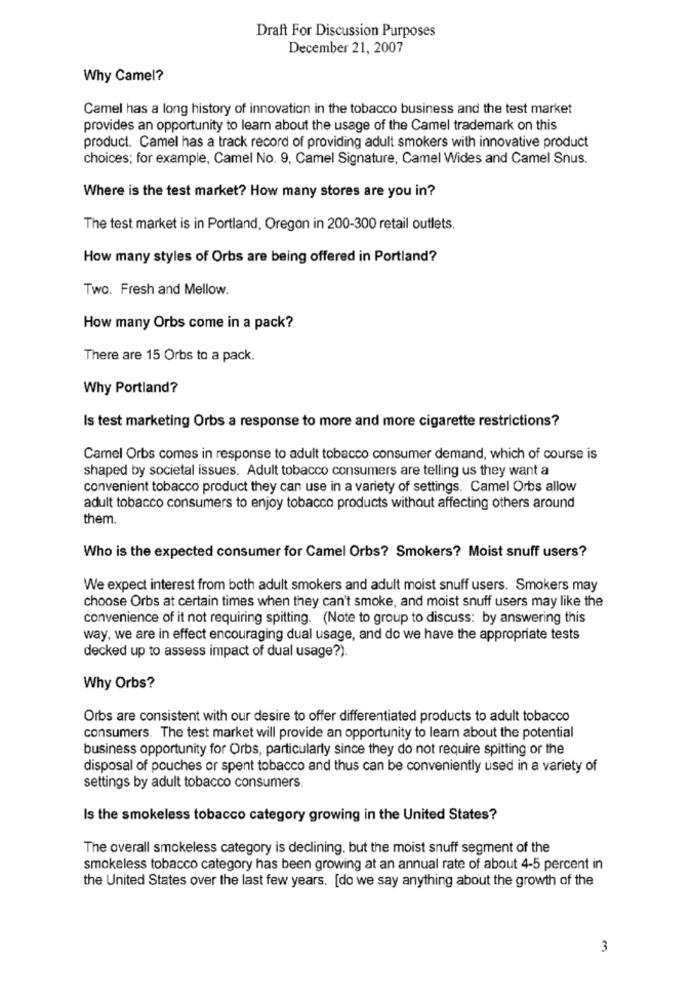
Draft For Discussion Purposes
December 21, 2007
Why Camel?
Camel has a long history of innovation in the tobacco business and the test market
provides an opportunity to learn about the usage of the Camel trademark on this
product. Camel has a track record of providing adult smokers with innovative product
choices; for example, Camel No. 9, Camel Signature, Camel Wides and Camel Snus.
Where is the test market? How many stores are you in?
The test market is in Portland, Oregon in 200-300 retail outlets.
How many styles of Orbs are being offered in Portland?
Two. Fresh and Mellow.
How many Orbs come in a pack?
There are 15 Orbs to a pack.
Why Portland?
Is test marketing Orbs a response to more and more cigarette restrictions?
Camel Orbs comes in response to adult tobacco consumer demand, which of course is
shaped by societal issues. Adult tobacco consumers are telling us they want a
convenient tobacco product they can use in a variety of settings. Camel Orbs allow
adult tobacco consumers to enjoy tobacco products without affecting others around
them.
Who is the expected consumer for Camel Orbs? Smokers? Moist snuff users?
We expect interest from both adult smokers and adult moist snuff users. Smokers may
choose Orbs at certain times when they can't smoke, and moist snuff users may like the
convenience of it not requiring spitting. (Note to group to discuss: by answering this
way, we are in effect encouraging dual usage, and do we have the appropriate tests
decked up to assess impact of dual usage?).
Why Orbs?
Orbs are consistent with our desire to offer differentiated products to adult tobacco
consumers. The test market will provide an opportunity to learn about the potential
business opportunity for Orbs, particularly since they do not require spitting or the
disposal of pouches or spent tobacco and thus can be conveniently used in a variety of
settings by adult tobacco consumers.
Is the smokeless tobacco category growing in the United States?
The overall smokeless category is declining, but the moist snuff segment of the
smokeless tobacco category has been growing at an annual rate of about 4-5 percent in
the United States over the last few years. [do we say anything about the growth of the
3